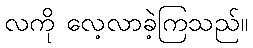
လကို လေ့လာခဲ့ကြသည်။